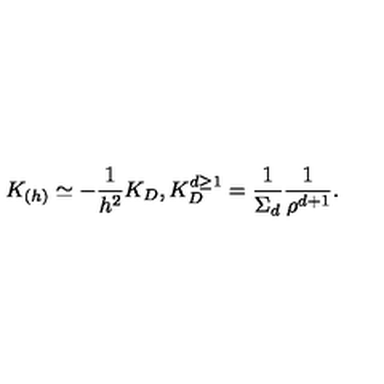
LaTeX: K _ { ( h ) } \simeq - { \frac { 1 } { h ^ { 2 } } } K _ { D } , K _ { D } ^ { d \geq 1 } = { \frac { 1 } { \Sigma _ { d } } } { \frac { 1 } { \rho ^ { d + 1 } } } .